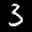
Label: 3